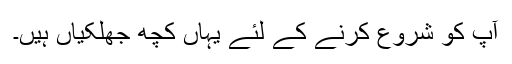
آپ کو شروع کرنے کے لئے یہاں کچھ جھلکیاں ہیں۔